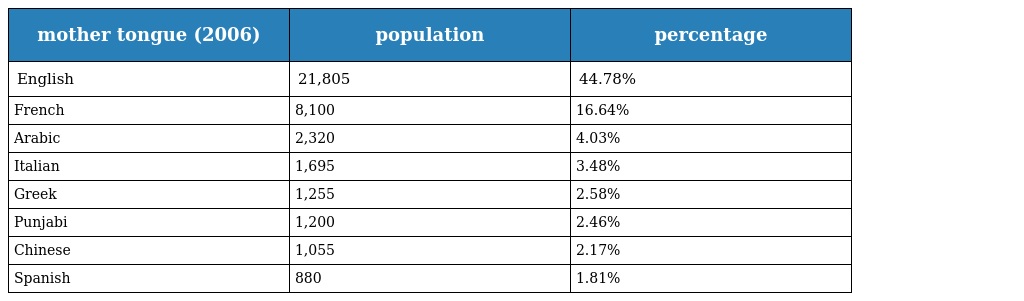
| mother tongue (2006) | population | percentage |
 | --- | --- | --- |
 | English | 21,805 | 44.78% |
 | French | 8,100 | 16.64% |
 | Arabic | 2,320 | 4.03% |
 | Italian | 1,695 | 3.48% |
 | Greek | 1,255 | 2.58% |
 | Punjabi | 1,200 | 2.46% |
 | Chinese | 1,055 | 2.17% |
 | Spanish | 880 | 1.81% |